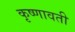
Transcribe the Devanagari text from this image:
कृष्णावती